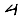
Digit: 4